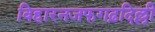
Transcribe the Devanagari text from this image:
विहारनजफगढ़दिल्ली